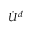
\dot { U } ^ { d }